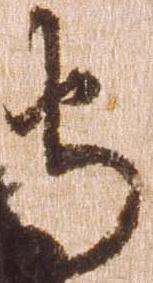
守